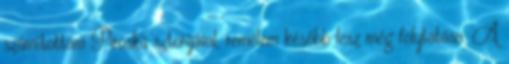
számítottam Piroska sztorijával, remélem később lesz még folytatása. A